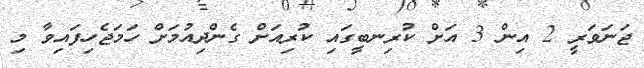
ޖަނަވަރީ 2 އިން 3 އަށް ކުރިނބީގައި ކުރިއަށް ގެންދިއުމަށް ހަމަޖެހިފައިވާ މި